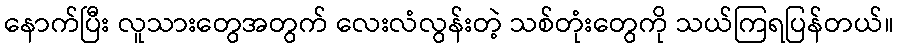
နောက်ပြီး လူသားတွေအတွက် လေးလံလွန်းတဲ့ သစ်တုံးတွေကို သယ်ကြရပြန်တယ်။